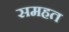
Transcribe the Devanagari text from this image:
समहत